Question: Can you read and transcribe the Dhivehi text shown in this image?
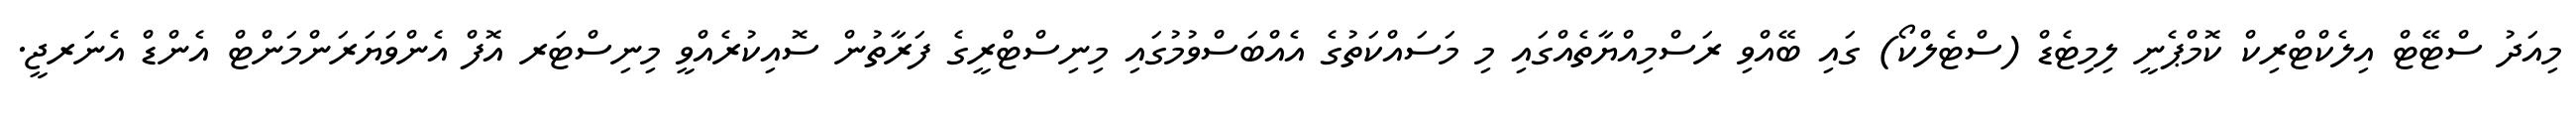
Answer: މިއަދު ސްޓޭޓް އިލެކްޓްރިކް ކޮމްޕެނީ ލިމިޓެޑް (ސްޓެލްކޯ) ގައި ބޭއްވި ރަސްމިއްޔާތެއްގައި މި މަސައްކަތުގެ އެއްބަސްވުމުގައި މިނިސްޓްރީގެ ފަރާތުން ސޮއިކުރެއްވީ މިނިސްޓަރ އޮފް އެންވަޔަރަންމަންޓް އެންޑް އެނަރޖީ.